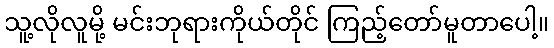
သူ့လိုလူမို့ မင်းဘုရားကိုယ်တိုင် ကြည့်တော်မူတာပေါ့။